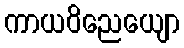
ကာယဝိညေယျော